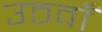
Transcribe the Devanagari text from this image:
उठवाँ